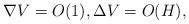
LaTeX: \begin{align*}\nabla V = O(1), \Delta V=O(H),\end{align*}